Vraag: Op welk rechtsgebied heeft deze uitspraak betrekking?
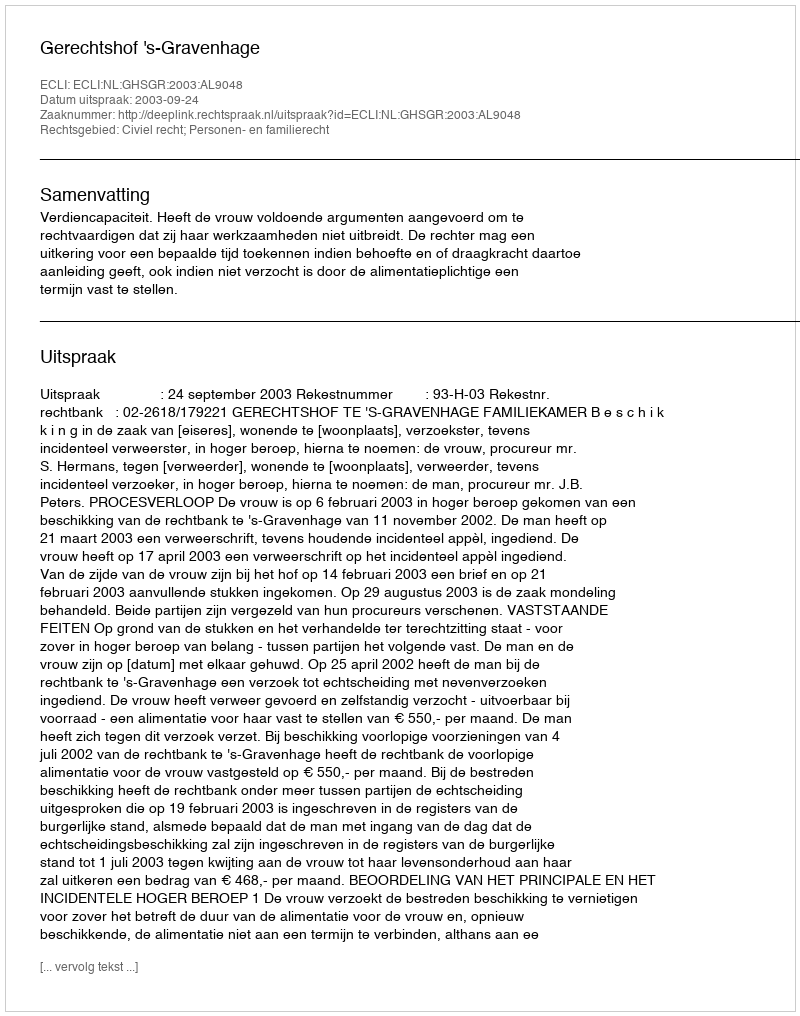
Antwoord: Civiel recht; Personen- en familierecht